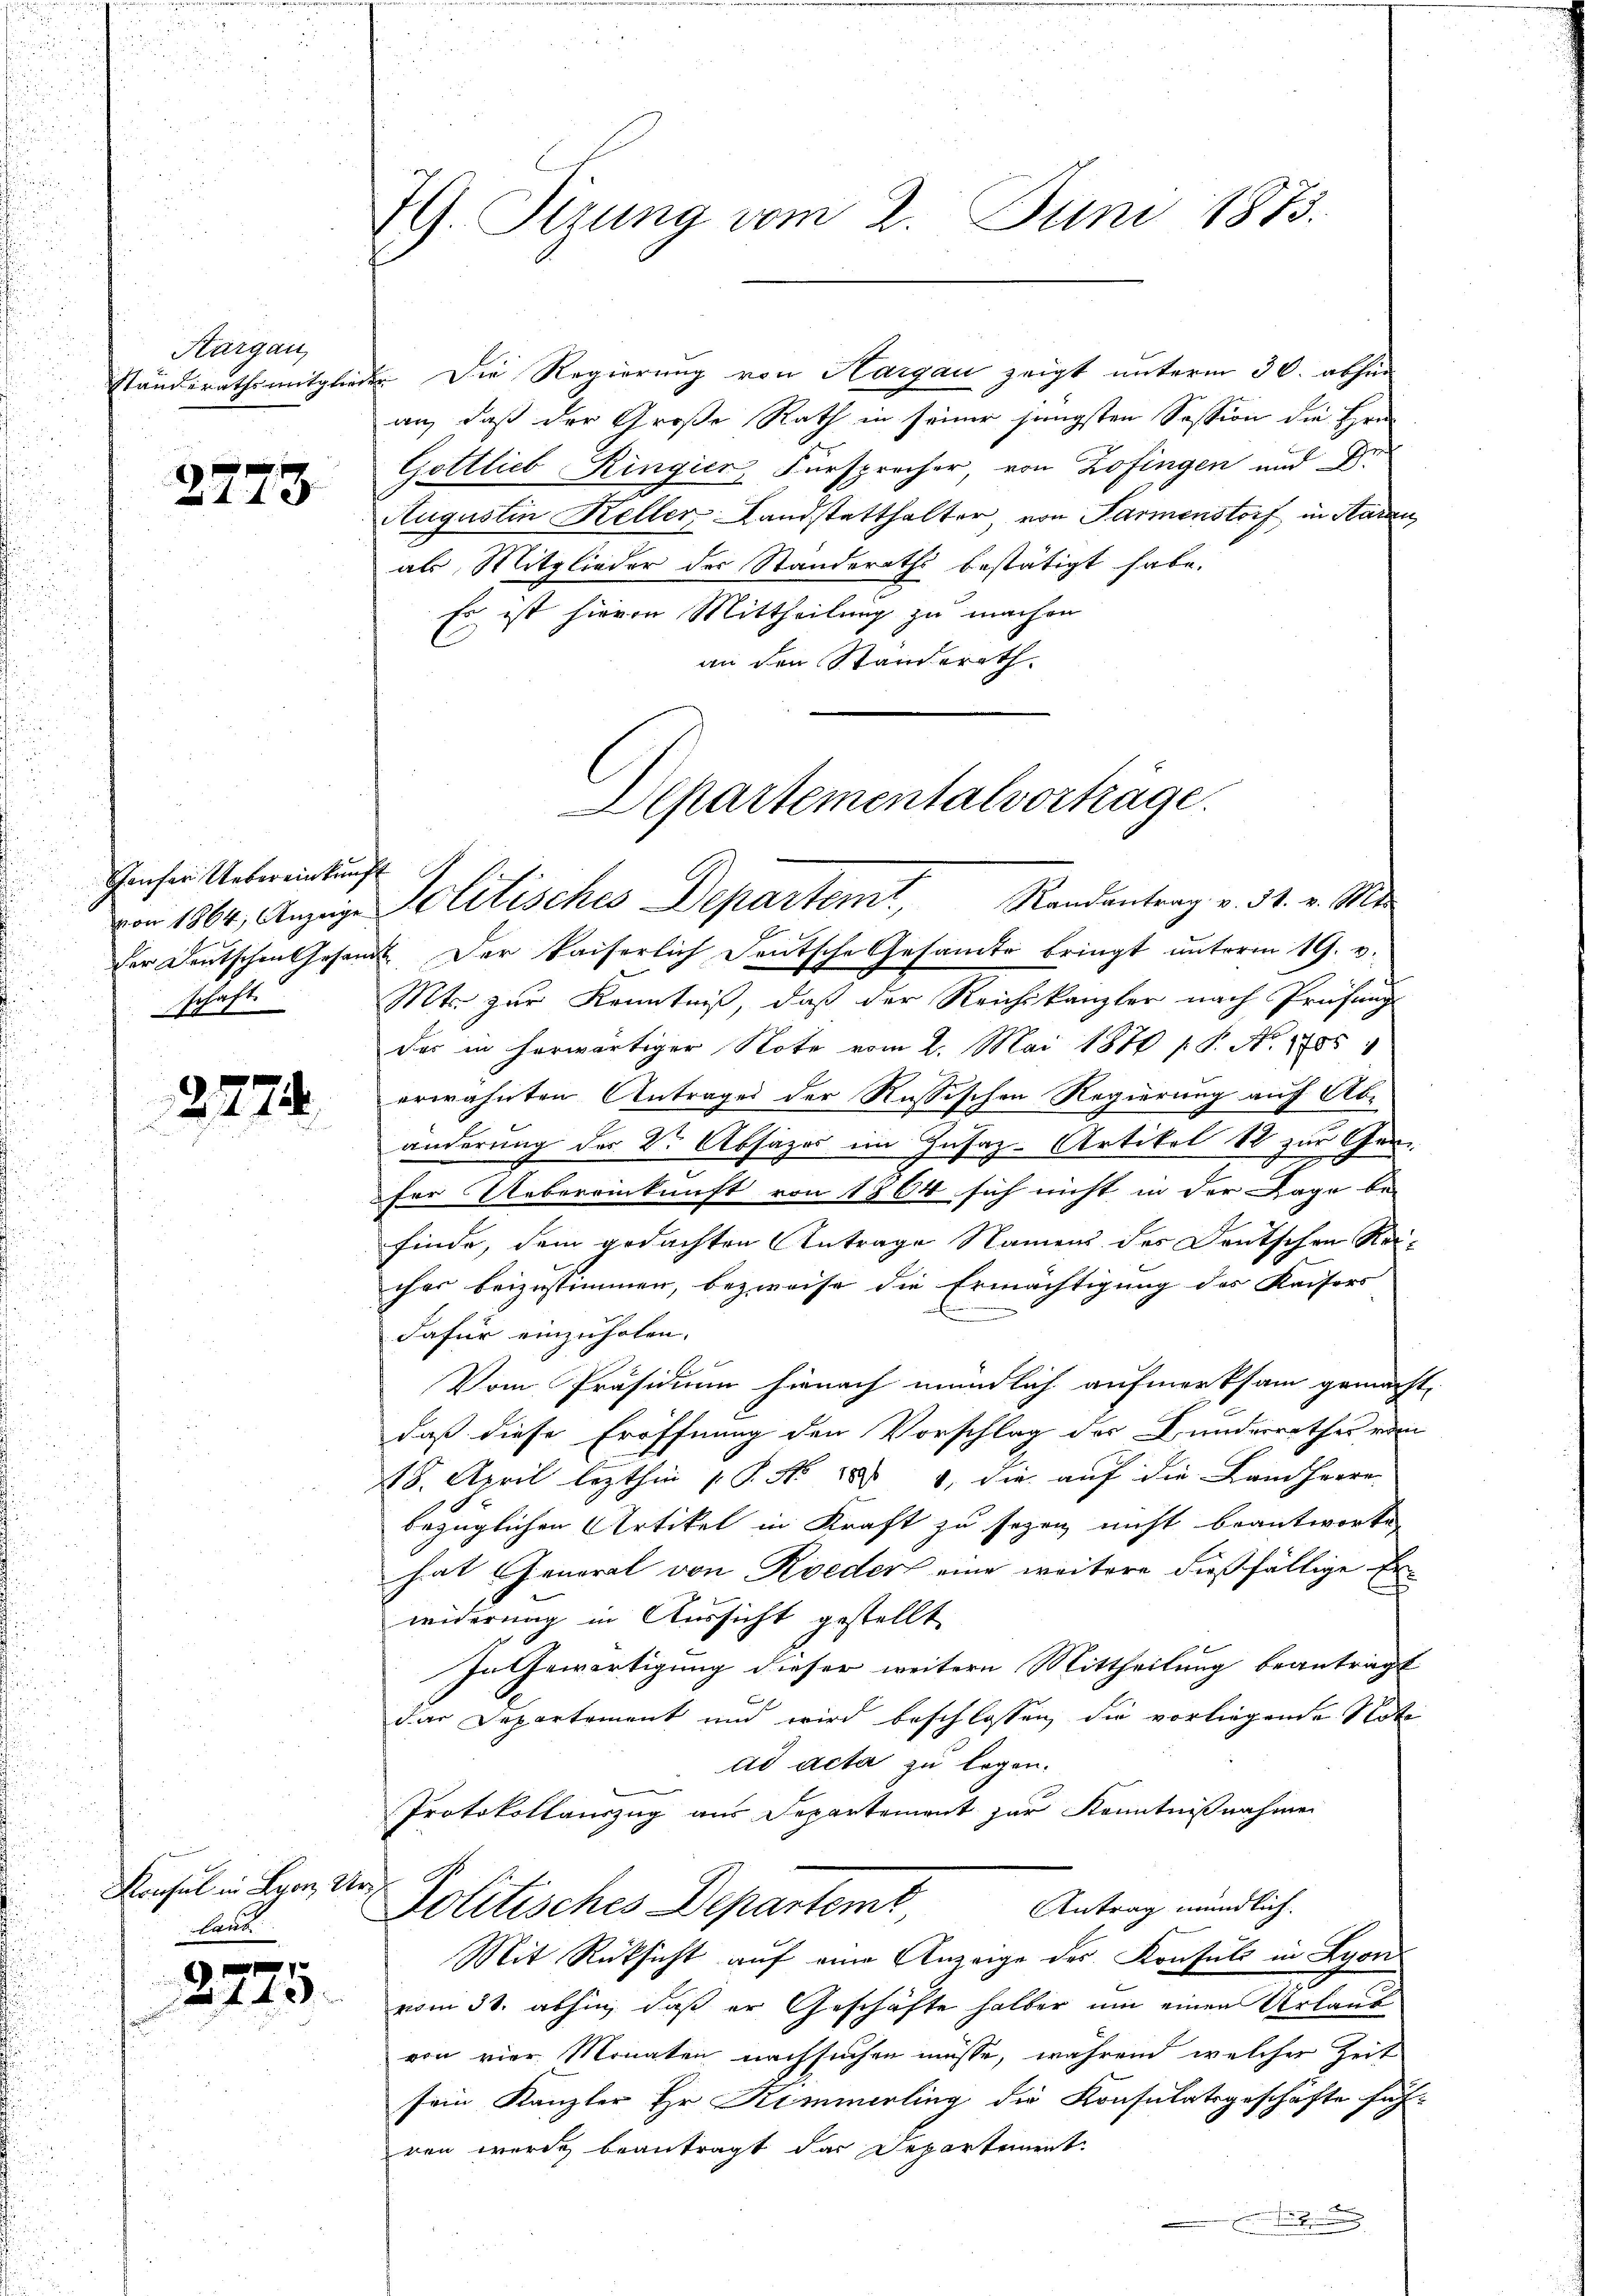
Kargau,

2773

Genfer Uebereinkunft
von 1864, Anzeige
st.
schaf

227.

Konsul in Lyon Ur-
land

2775.

G. Sizung vom 2. Juni 1873.

Ständerathsmitglieder. Die Regierung von Hargau zeigt unterm 30. abhin
an, daß der Große Rath in seiner jüngsten Session die Hrn.
Gottlieb Ringier, Fürsprecher, von Zofingen und Dr.
Augustin Keller Landstatthalter, von Farmenstorf in Aarau
als Mitglieder der Standeraths bestätigt habe.
Es ist hievon Mittheilung zu machen
an den Standerath.

Departementalvorträge.
Politisches Departemt, Randantrag v. 31. v. M.

der Deutschen Gesamt. Der kaiserlich deutsche Gesamte bringt unterm 19. v.
Mts. zur Kenntniß, daß der Reichskanzler nach Prüfung
das in herwärtiger Note vom 2. Mai 1878 / P. No. 1785
erwähnten Antrages der Russischen Regierung auf Abänderung des Dr. Absazos im Zusaz-Artikel 12 zur Gen
für Uebereinkunft von 1864 sich nicht in der Lage be-
finde, dem gedachten Antrage Namens des Deutschen Reicher beizustimmen, bezweife die Ermächtigung des Kaisers
dafür einzuholen.
Vom Präsidium hienach mündlich aufmerksam gemacht,
daß diese Eröffnung den Vorschlag der Bunderrathes vom
48. April lezthin (S. Nr. 1881, die auf die Landherre
bezüglichen Artikel in Kraft zu sezen nicht beantworte
hat General von Rieder eine weitere dießfällige Erwiderung in Aussicht gestellt
In Gewärtigung dieser weitern Mittheilung beantragt
dar Departement und wird beschlossen, die vorliegende Note
ad acta zu legen.
Protokollauszug aus Separtement zur Kenntnißnahmen

Antrag mündlich.
Politisches Departemt
Mit Rücksicht auf eine Anzeige des Konsuls in Lyon
vom 31. abhin, daß er Geschäfte halber um einen Urlaub
von vier Monaten nachsuchen müsse, während welcher Zeit
sein Kanzler Hr. Kimmerling die Konsulatsgeschäfte führen werden beantragt das Departement
r